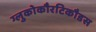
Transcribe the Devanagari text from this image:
ग्लुकोकौरटिकौडस